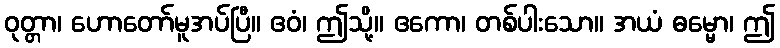
ဝုတ္တာ၊ ဟောတော်မူအပ်ပြီ။ ဧဝံ၊ ဤသို့။ ဧကော၊ တစ်ပါးသော။ အယံ ဓမ္မော၊ ဤ